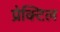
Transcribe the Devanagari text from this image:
प्रेक्टिल